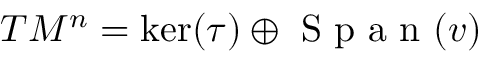
T M ^ { n } = \ker ( \tau ) \oplus \textrm { S p a n } ( v )